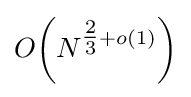
O\!\left(N^{{\tfrac {2}{3}}+o(1)}\right)